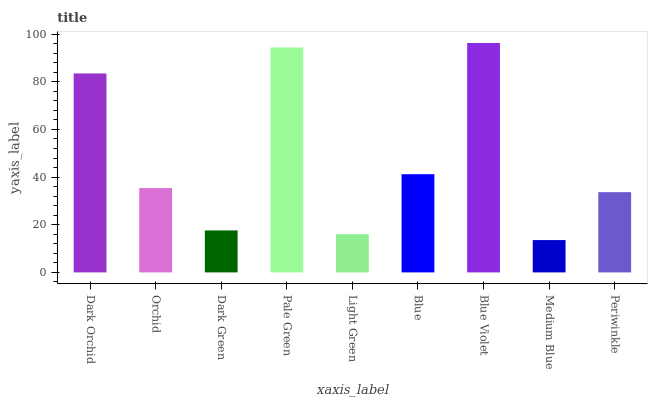
| xaxis_label | bars |
 | --- | --- |
 | Dark Orchid | 83.5 |
 | Orchid | 35.4 |
 | Dark Green | 17.6 |
 | Pale Green | 94.4 |
 | Light Green | 16 |
 | Blue | 41.2 |
 | Blue Violet | 96.3 |
 | Medium Blue | 13.6 |
 | Periwinkle | 33.7 |